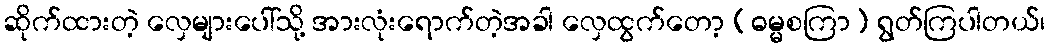
ဆိုက်ထားတဲ့ လှေများပေါ်သို့ အားလုံးရောက်တဲ့အခါ လှေထွက်တော့ (ဓမ္မစကြာ) ရွတ်ကြပါတယ်၊